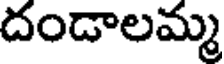
దండాలమ్మ